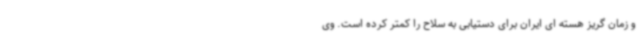
و زمان گریز هسته ای ایران برای دستیابی به سلاح را کمتر کرده است. وی